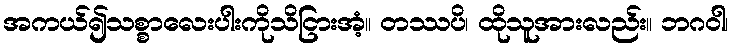
အကယ်၍သစ္စာလေးပါးကိုသိငြားအံ့။ တဿပိ၊ ထိုသူအားလည်း။ ဘဂဝါ၊